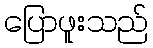
ပြောဖူးသည်